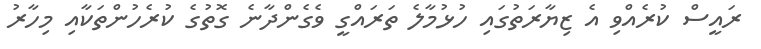
ރައީސް ކުރެއްވި އެ ޒިޔާރަތުގައި ހުޅުމާލެ ތަރައްގީ ވެގެންދާނެ ގޮތުގެ ކުރެހުންތަކާއި މިހާރު